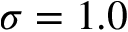
\sigma = 1 . 0